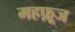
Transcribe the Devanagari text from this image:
महफ़ूज